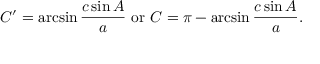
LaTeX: C ^ { \prime } = \arcsin { \frac { c \sin A } { a } } { \mathrm { ~ o r ~ } } C = \pi - \arcsin { \frac { c \sin A } { a } } .